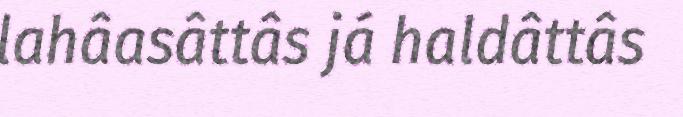
lahâasâttâs já haldâttâs